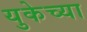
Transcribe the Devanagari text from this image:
युकेच्या